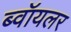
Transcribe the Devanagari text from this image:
ब्वॉयलर